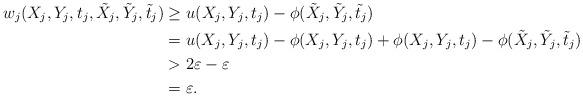
LaTeX: \begin{align*} w_j(X_j,Y_j,t_j,\tilde X_j, \tilde Y_j, \tilde t_j) &\geq u(X_j, Y_j, t_j) -\phi(\tilde X_j, \tilde Y_j,\tilde t_j) \\ &= u(X_j, Y_j, t_j) - \phi(X_j, Y_j, t_j) + \phi(X_j, Y_j, t_j) - \phi(\tilde X_j, \tilde Y_j,\tilde t_j) \\ &> 2\varepsilon - \varepsilon \\ &= \varepsilon.\end{align*}